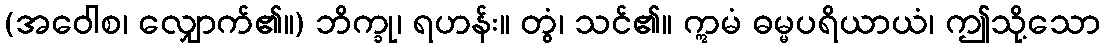
(အဝေါစ၊ လျှောက်၏။) ဘိက္ခု၊ ရဟန်း။ တွံ၊ သင်၏။ ဣမံ ဓမ္မပရိယာယံ၊ ဤသို့သော